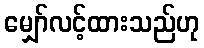
မျှော်လင့်ထားသည်ဟု